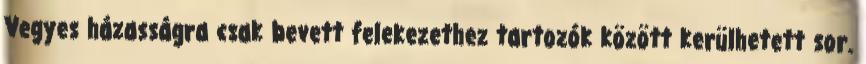
Vegyes házasságra csak bevett felekezethez tartozók között kerülhetett sor.